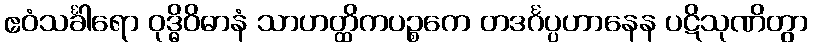
ဧဝံသင်္ခါရော ဝုဒ္ဓိဝိဓာနံ သာဟတ္ထိကပဉ္စကေ တဒင်္ဂပ္ပဟာနေန ပဋိသုဏိတွာ